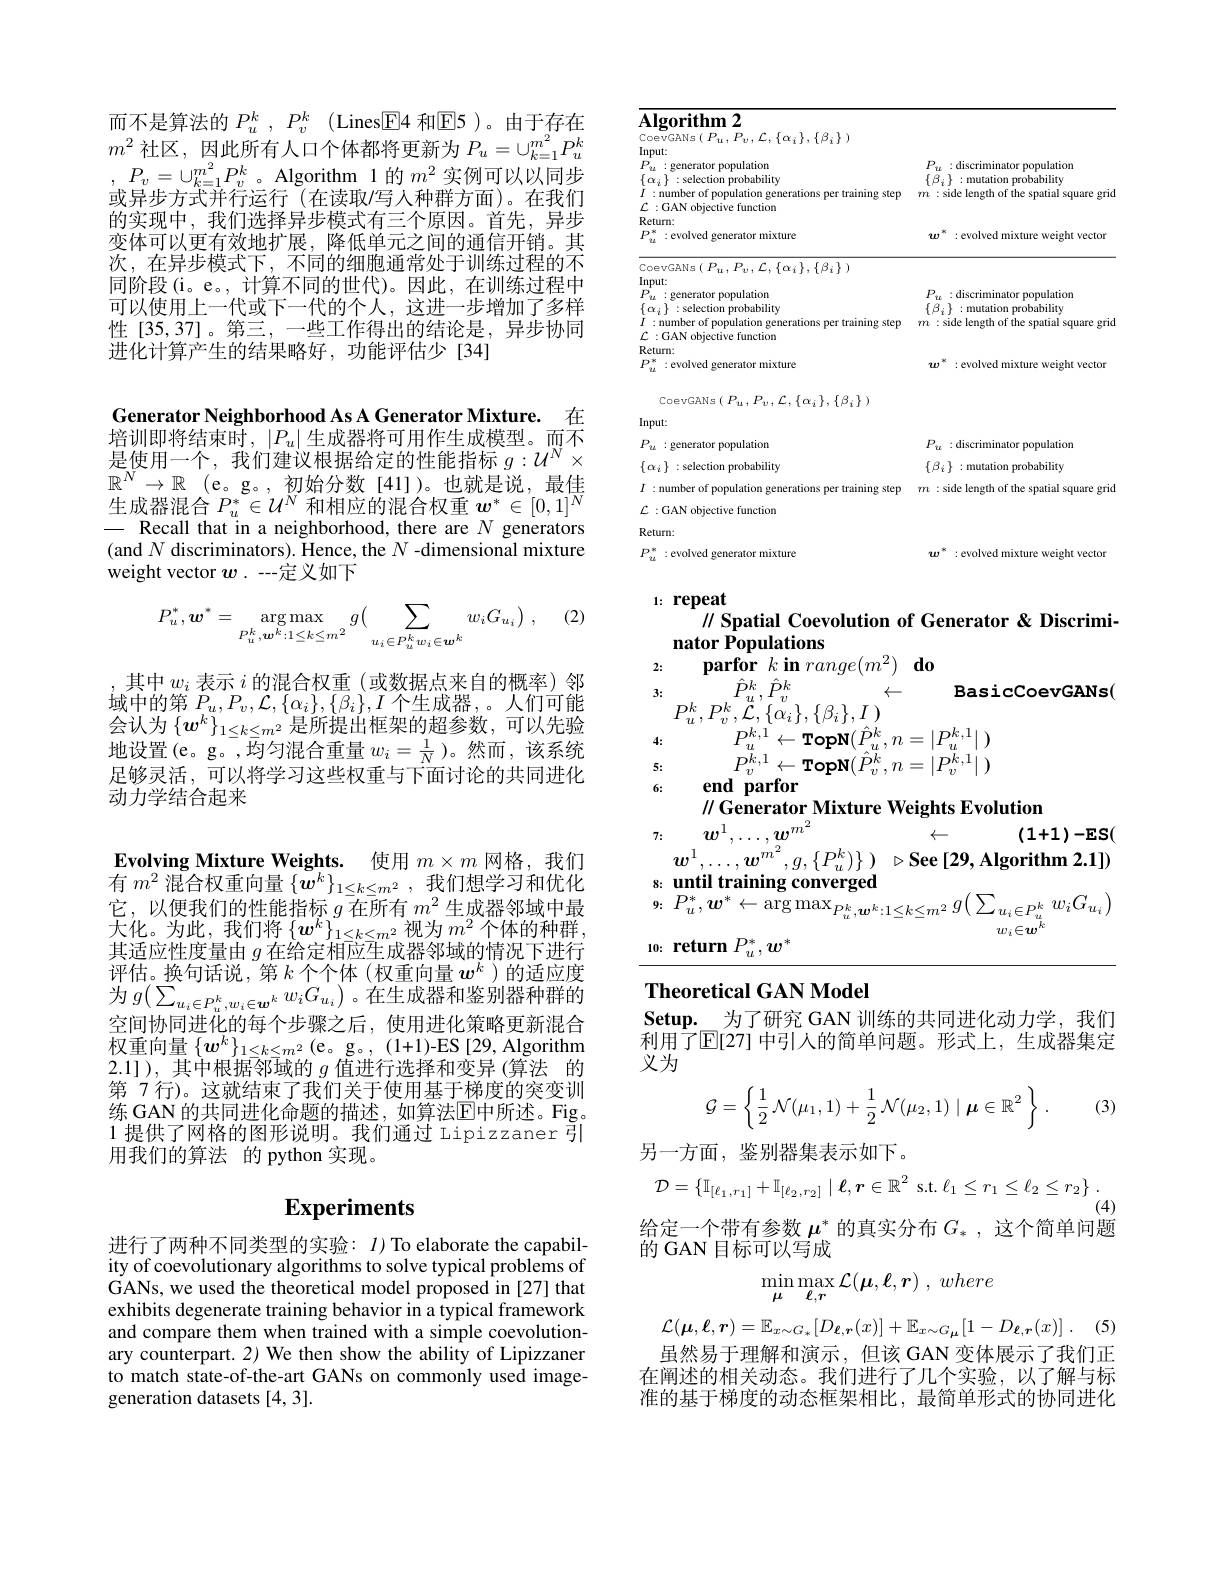
而不是算法的$P_u^k,P_v^k$(Lines$\boxed{\mathrm{F}}$4 和$\boxed{\mathrm{F}}$5)。由于存在$m^2$社区，因此所有人口个体都将更新为$P_u=\cup_{k=1}^{m^2}P_u^k$ $,P_{v}=\cup_{k=1}^{m^{2}}P_{v}^{k}$。Algorithm 1的$m^{2}$实例可以以同步或异步方式并行运行(在读取/写人种群方面)。在我们的实现中，我们选择异步模式有三个原因。首先，异步变体可以更有效地扩展，降低单元之间的通信开销。其次，在异步模式下，不同的细胞通常处于训练过程的不同阶段(i。e。, 计算不同的世代)。因此，在训练过程中可以使用上一代或下一代的个人，这进一步增加了多样性[35,37]。第三，一些工作得出的结论是，异步协同进化计算产生的结果略好，功能评估少[34]

Generator Neighborhood As A Generator Mixture.
在
培训即将结束时，$|P_u|$生成器将可用作生成模型。而不$\begin{array}{l}\text{是使用一个，我们建议根据给定的性能指标 }g:\mathcal{U}^N\times\\\mathbb{R}^N\to\mathbb{R}\:(\mathrm{e。g。,初始分数[41])。也就是说，最佳}\end{array}$ 生成器混合$P_u^*\in\mathcal{U}^N$和相应的混合权重$w^*\in[0,1]^N$ - Recall that in a neighborhood, there are $N$ generators (and $N$ discriminators). Hence, the $N$ -dimensional mixture weight vector $w.-$-定义如下

(2)
$$P_{u}^{*},\boldsymbol{w}^{*}=\underset{P_{u}^{k},\boldsymbol{w}^{k}:1\leq k\leq m^{2}}{\arg\max}g\big(\sum_{u_{i}\in P_{u}^{k}w_{i}\in\boldsymbol{w}^{k}}w_{i}G_{u_{i}}\big)\:,$$
,其中$w_i$表示$i$的混合权重(或数据点来自的概率)邻域中的第$P_u,P_v,\mathcal{L},\{\alpha_i\},\{\overline{\beta_i}\},I$个生成器，。人们可能会认为$\{\boldsymbol w^k\}_{1\leq k\leq m^2}$是所提出框架的超参数，可以先验地设置(e。g。,均匀混合重量$w_i=\frac1N$ )。然而，该系统足够灵活，可以将学习这些权重与下面讨论的共同进化动力学结合起来

Evolving Mixture Weights. 使用$m\times m$网格，我们有$m^2$混合权重向量$\{\boldsymbol w^k\}_{1\leq k\leq m^2}$,我们想学习和优化

它，以便我们的性能指标$g$在所有$m^2$生成器邻域中最大化。为此，我们将$\left\{\boldsymbol w^k\right\}_{1\leq k\leq m^2}$视为$m^2$个体的种群， 其适应性度量由$\bar{g\text{ 在给定相应生成器邻域的情况下进行}}$ 评估。换句话说，第$k$个个体(权重向量$w^k$ )的适应度为$g(\sum_{u_{i}\in P_{u}^{k},w_{i}\in\boldsymbol{w}^{k}}w_{i}G_{u_{i}})$。在生成器和鉴别器种群的空间协同进化的每个步骤之后，使用进化策略更新混合权重向量$\{\boldsymbol w^k\}_{1\leq k\leq m^2}($e。g。, (1+1)-ES [29, Algorithm 2.1]),其中根据邻域的$\bar g$ 值进行选择和变异(算法 的第 7 行)。这就结束了我们关于使用基于梯度的突变训练 GAN 的共同进化命题的描述，如算法$\overline{\mathrm{E}}$中所述。Fig。1 提供了网格的图形说明。我们通过 Lipizzaner 引用我们的算法 的 python 实现。

## $\mathbf{Experiments}$

进行了两种不同类型的实验：$I)$ To elaborate the capability of coevolutionary algorithms to solve typical problems of $\dot{\mathrm{GANs,~we~used~the~theoretical~model~proposed~in~[27]~that}}$ exhibits degenerate training behavior in a typical framework and compare them when trained with a simple coevolutionary counterpart. 2) We then show the ability of Lipizzaner to match state-of-the-art GANs on commonly used imagegeneration datasets [4,3].

<table>
	<tbody>
		<tr>
			<td>$\mathbf{Algorithm}2$ $CopvGANs(P.$ $, \mathcal{L} , \{ \alpha _{i}\} , \{ \beta _{i}\}$ )</td>
			<td> </td>
		</tr>
		<tr>
			<td>$\mathsf{CoevGANs}\left ( \:P_{u}, \:P_{v}, \:\mathcal{L} , \{ \alpha _{i}\} , \{ \beta _{i}\} \:\right )$</td>
			<td> </td>
		</tr>
		<tr>
			<td>:generator population</td>
			<td>$P_u:$discriminator population</td>
		</tr>
		<tr>
			<td>$p$ : evolved generator mixture 24</td>
			<td>$w^*:$evolved mixture weight vector</td>
		</tr>
		<tr>
			<td>$\mathsf{CoevGANs}\left(\begin{array}{c}P_{u},P_{v},\mathcal{L},\{\alpha_{i}\},\{\beta_{i}\}\end{array}\right)$</td>
			<td> </td>
		</tr>
		<tr>
			<td>$Input:$</td>
			<td> </td>
		</tr>
		<tr>
			<td>generator populatiorn</td>
			<td>$P_{u}:$discriminator population</td>
		</tr>
		<tr>
			<td>$P^{*}$ :evolved generator mixture 24</td>
			<td>$w^*$ :evolved mixture weight vector</td>
		</tr>
		<tr>
			<td>$\mathsf{CoevGANs}\left(\begin{array}{c}P_{u},P_{v},\mathcal{L},\{\alpha_{i}\},\{\beta_{i}\}\end{array}\right)$</td>
			<td> </td>
		</tr>
		<tr>
			<td>Input:</td>
			<td> </td>
		</tr>
		<tr>
			<td>$P_{u}:$generator population</td>
			<td>$P_u:$discriminator population</td>
		</tr>
		<tr>
			<td>$\{\alpha_{i}\}:$selection probability</td>
			<td>$\{\beta_{i}\}:$mutation probability</td>
		</tr>
		<tr>
			<td>$I:$number of population generations per training step</td>
			<td>$m:$side length of the spatial l square grid</td>
		</tr>
		<tr>
			<td>${\mathcal{L}}:$GAN objective function</td>
			<td> </td>
		</tr>
		<tr>
			<td>Return:</td>
			<td> </td>
		</tr>
		<tr>
			<td>$D$ : evolved generator mixture</td>
			<td>$w$ : evolved mixture weight vector</td>
		</tr>
	</tbody>
</table>

# 1: repeat

$\parallel$ Spatial Coevolution of Generator & Discrimi-
## nator Populations $\dot {\textbf{parfor }k\textbf{in }range( m^2) }\textbf{do}$ 2:

BasicCoevGANs(

$\hat{P}_u^k,\hat{P}_v^k$
$\leftarrow$
3:
$P_{u}^{k}, P_{v}^{k}, \mathcal{L} , \{ \alpha _{i}\} , \{ \beta _{i}\} , I$ )
$P_{u}^{k,1}\leftarrow$TopN$( \hat{P} _{u}^{k}, n= | P_{u}^{k, 1}|$ )
4:
$P_{v}^{\tilde{k},1}\leftarrow$TopN$(\hat{P}_{v}^{\tilde{k}},n=|P_{v}^{\tilde{k},1}|)$
5:
end parfor

6:

$\|$ Generator Mixture Weights Evolution

$w^{1},\ldots,\boldsymbol{w}^{m^{2}}$

$\leftarrow$

$(1+1)-\mathbf{ES}($
$w^{1}, \ldots , w^{m^{2}}, g, \{ P_{u}^{k}) \}$ ) $\triangleright$See$\left[29,\text{Algorithm 2.1]}\right)$

7:

s: until training converged
9: $P_{u}^{* }, w^{* }\leftarrow \arg \max _{P_{u}^{k}, \boldsymbol{w}^{k}: 1\leq k\leq m^{2}}g\left ( \sum _{u_{i}\in P_{u}^{k}}w_{i}G_{u_{i}}\right )$
$w_i\in{\boldsymbol{w}^k}$
10: return $P_u^*,w^*$

## Theoretical GAN Model
Setup.\_为了研究 GAN 训练的共同进化动力学，我们

$\dot{\text{利用了}\mathbb{E}}[27]$中引人的简单问题。形式上，生成器集定
义为
$$\mathcal{G}=\left\{\frac{1}{2}\:\mathcal{N}(\mu_{1},1)+\frac{1}{2}\:\mathcal{N}(\mu_{2},1)\mid\boldsymbol{\mu}\in\mathbb{R}^{2}\:\right\}.$$
(3)

另一方面，鉴别器集表示如下。
$$\mathcal{D}=\{\mathbb{I}_{[\ell_{1},r_{1}]}+\mathbb{I}_{[\ell_{2},r_{2}]}\mid\ell,\boldsymbol{r}\in\mathbb{R}^{2}\:\mathrm{s.t.}\ell_{1}\leq r_{1}\leq\ell_{2}\leq r_{2}\}\:.$$
(4)
给定一个带有参数$\mu^*$的真实分布$G_*$,这个简单问题
${\tilde{\text{的 GAN 目标可以写成}}}$
$$\min_{\mu}\max_{\ell,r}\mathcal{L}(\boldsymbol{\mu},\boldsymbol{\ell},\boldsymbol{r})\:,\:where$$
$$\mathcal{L}(\boldsymbol{\mu},\boldsymbol{\ell},\boldsymbol{r})=\mathbb{E}_{x\sim G_{*}}[D_{\boldsymbol{\ell},\boldsymbol{r}}(x)]+\mathbb{E}_{x\sim G_{\boldsymbol{\mu}}}[1-D_{\boldsymbol{\ell},\boldsymbol{r}}(x)]\:.$$
虽然易于理解和演示，但该 GAN 变体展示了我们正在阐述的相关动态。我们进行了几个实验，以了解与标准的基于梯度的动态框架相比，最简单形式的协同进化